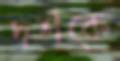
দর্শকে